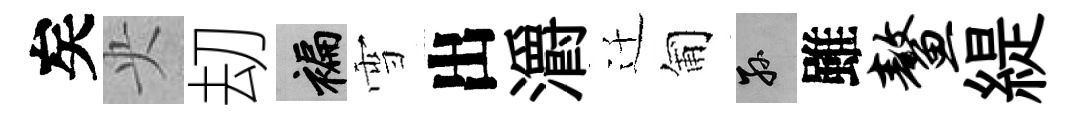
矣央刧褊雪出灂迁匍孫雖鳌緹